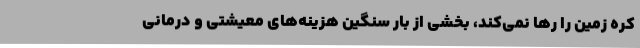
کره زمین را رها نمی‌کند، بخشی از بار سنگین هزینه‌های معیشتی و درمانی